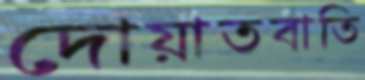
দোয়াতবাতি